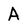
Character: A